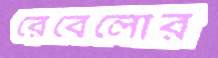
রেবেলোর